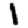
Digit: 1